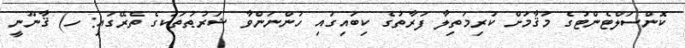
ކޮންސަލްޓެންޓުގެ މަޤާމަށް ކުރިމަތިލާ ފަރާތުގެ ކިބައިގައި ހުންނަންވާ ޝަރުޠުތަކުގެ ތެރޭގައި: ހ) ޤާނޫނީ